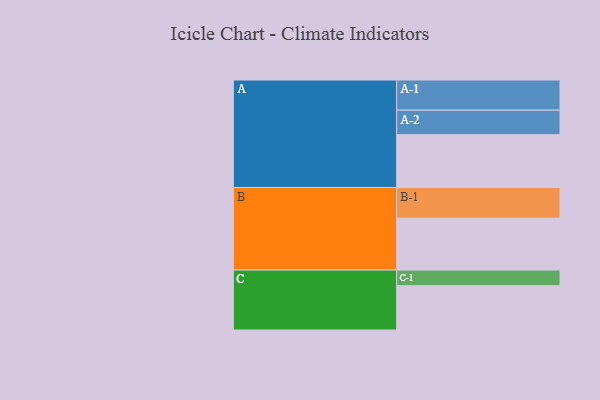
{"axis": {"x": "Segment", "y": "Value"}, "legend": ["", "A", "B", "C"], "data": [{"x": "A", "y": 494, "type": ""}, {"x": "B", "y": 487, "type": ""}, {"x": "C", "y": 415, "type": ""}, {"x": "A-1", "y": 282, "type": "A"}, {"x": "A-2", "y": 230, "type": "A"}, {"x": "B-1", "y": 286, "type": "B"}, {"x": "C-1", "y": 146, "type": "C"}]}